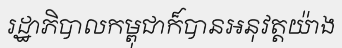
រដ្ឋាភិបាលកម្ពុជាក៏បានអនុវត្តយ៉ាង